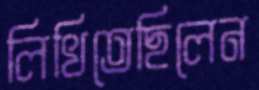
লিখিতেছিলেন